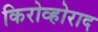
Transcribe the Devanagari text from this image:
किरोव्होराद